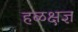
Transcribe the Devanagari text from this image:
हळक्षज्ञ